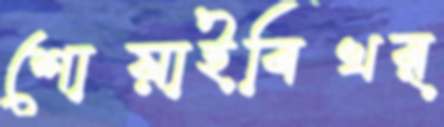
শোয়াইবিখর্